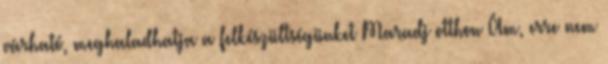
várható, meghaladhatja a felkészültségünket Maradj otthon Ám, erre nem